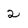
Character: 2